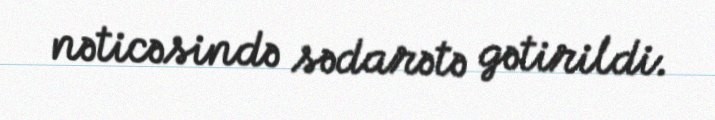
nəticəsində sədarətə gətirildi.